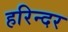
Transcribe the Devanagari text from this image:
हरिन्दर